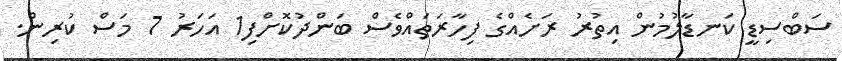
ސަބްސިޑީ ކަނޑާލުމުން އިތުރު ރަށެއްގެ ފިހާރަތައްވެސް ބަންދުކޮށްފި1 އަހަރު 7 މަސް ކުރިން.